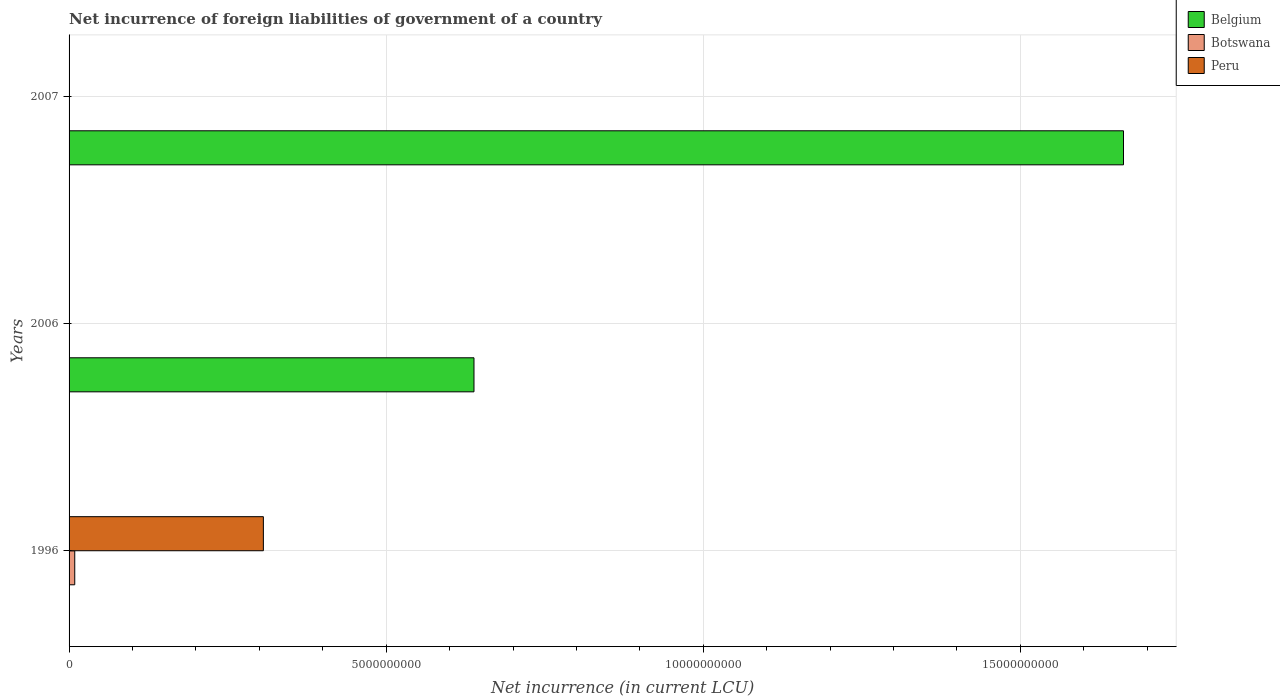
| Years | Belgium | Botswana | Peru |
 | --- | --- | --- | --- |
 | 1996 | -4.94e+09 | 8.96e+07 | 3.06e+09 |
 | 2006 | 6.38e+09 | -1.96e+08 | -1.85e+09 |
 | 2007 | 1.66e+10 | -1.54e+07 | -6.8e+09 |